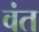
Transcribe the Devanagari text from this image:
वंत